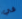
في